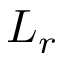
L _ { r }